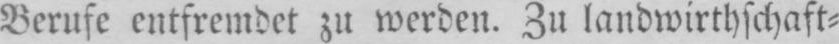
Berufe entfremdet zu werden. Zu landwirthschaft⸗